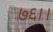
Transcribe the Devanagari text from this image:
७६।।